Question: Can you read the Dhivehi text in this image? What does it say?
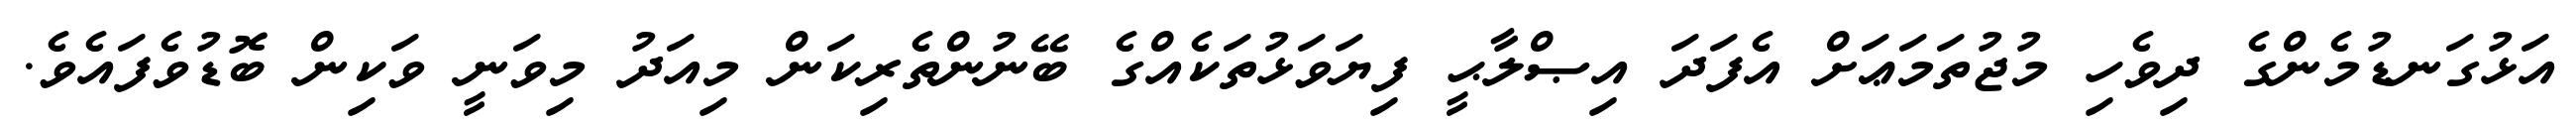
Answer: އަޅުގަނޑުމެންގެ ދިވެހި މުޖުތަމަޢަށް އެފަދަ އިޞްލާޙީ ފިޔަވަޅުތަކެއްގެ ބޭނުންތެރިކަން މިއަދު މިވަނީ ވަކިން ބޮޑުވެފައެވެ.